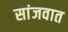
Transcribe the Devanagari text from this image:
सांजवात